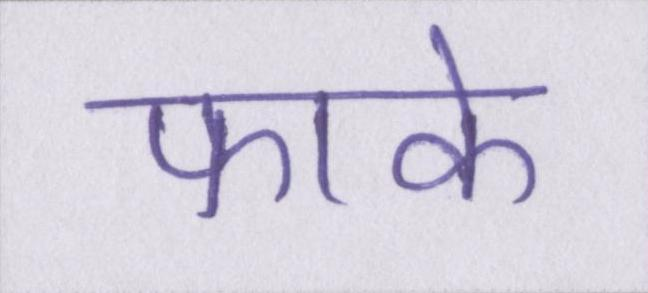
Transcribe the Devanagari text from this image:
फाके